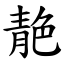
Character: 靘